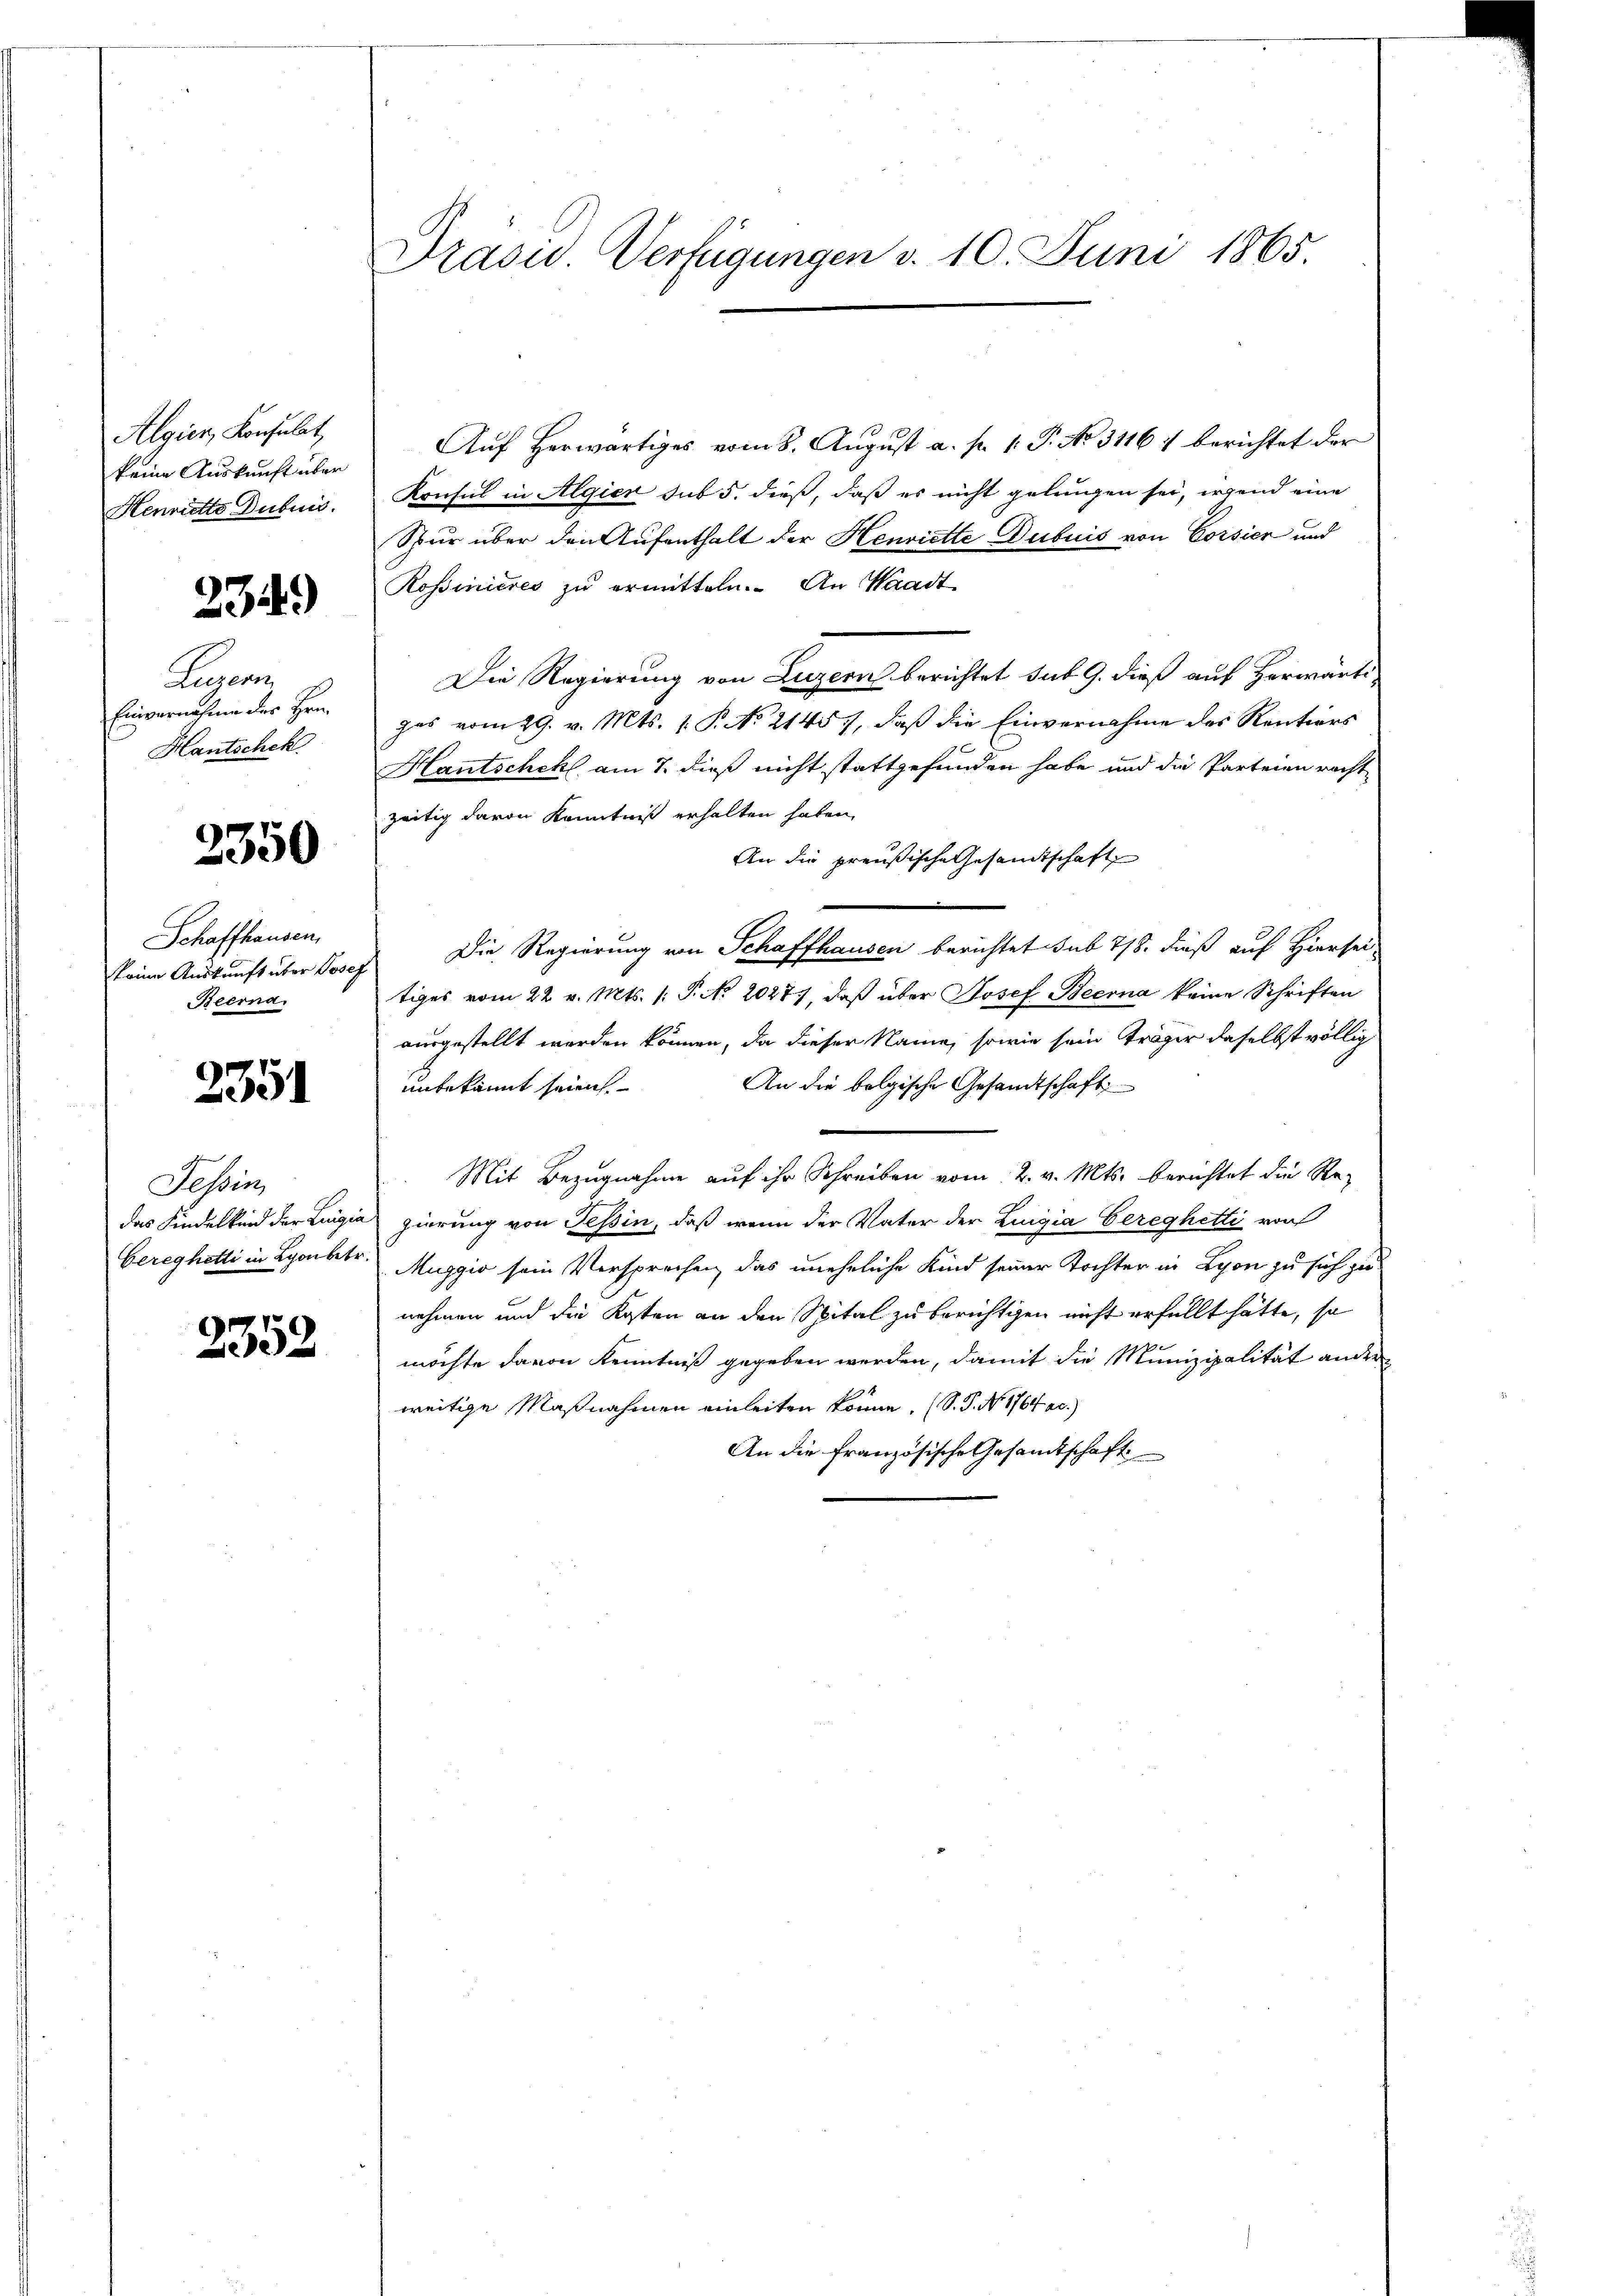
Algier, Konsulat,
keine Auskunft über
Henrietto Dubuis.

234.

Luzern
Einvernahme des Hrn.
Hantschek

3350

Schaffhausen,
keine Auskunft über Josef
Beerna.

2351

Tessin,
Cereghetti in Lyonbetr.

2352

Präsid. Verfügungen d. 10. Juni 1865.

Auf Herwärtiges vom 8. August a. p. 1. P. No. 31167 berichtet der
Konsul in Algien sub 5. dieß, daß es nicht gelungen sei, irgend eine
Spur über den Aufenthalt der Henriette Dubuis von Corsier und
Rossinicres zu ermitteln. An Waadt,
Die Regierung von Luzern berichtet sub 9. dieß auf Herwärti
zes vom 29. v. Mts. 1. P. No. 2145), daß die Einvernahme des Rentiers
Hantschehl, am 7. dieß nicht stattgefunden habe und die Parteien recht
zeitig davon Kenntniß erhalten haben,
An die preußische Gesandtschaft
Die Regierung von Schaffhausen berichtet sub 718. dieß auf Hiersei
tiges vom 22. v. Mts. /: P. No. 2027, daβ über Josef Beerna keine Schriften
ausgestellt werden können, da dieser Name, sowie sein träger daselbst völlig
An die bolgische Gesandtschaft
unbekannt seien.
Mit Bezugnahme auf ihr Schreiben vom 2. v. Mts. berichtet die Redas Kindelkind der Luigia gierung von Tessin, daß wenn der Vater der Luigia bereghetti von
Muggio sein Versprechen, das uneheliche Kind seiner Tochter in Lyon zu sich zu
nehmen und die Kosten an den Spital zu berichtigen nicht erfüllt hätte, so
möchte davon Kenntniß gegeben werden, damit die Munizipalität ander
weitige Maßnahmen einleiten könne. (S. P. No. 1764 c.)
An die französische Gesandtschaft